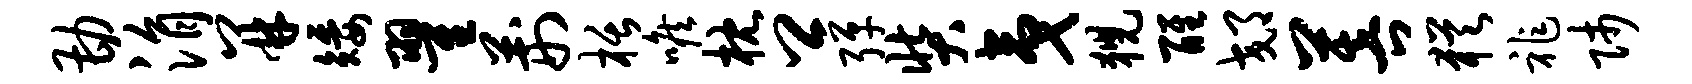
勘涓并矮翟荆栝喉枕卿弹奘夷猊醒郊菩犹祚师